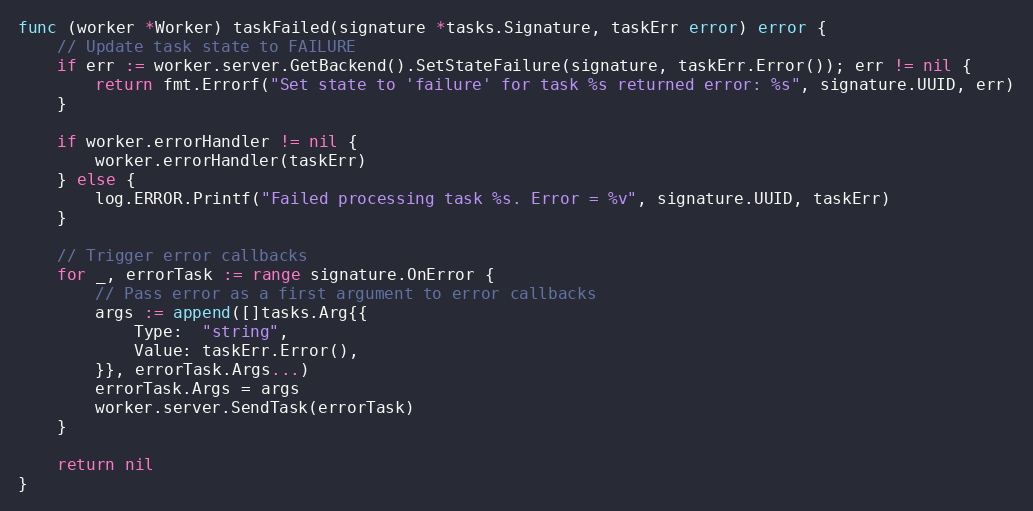
Language: Go
func (worker *Worker) taskFailed(signature *tasks.Signature, taskErr error) error {
	// Update task state to FAILURE
	if err := worker.server.GetBackend().SetStateFailure(signature, taskErr.Error()); err != nil {
		return fmt.Errorf("Set state to 'failure' for task %s returned error: %s", signature.UUID, err)
	}

	if worker.errorHandler != nil {
		worker.errorHandler(taskErr)
	} else {
		log.ERROR.Printf("Failed processing task %s. Error = %v", signature.UUID, taskErr)
	}

	// Trigger error callbacks
	for _, errorTask := range signature.OnError {
		// Pass error as a first argument to error callbacks
		args := append([]tasks.Arg{{
			Type:  "string",
			Value: taskErr.Error(),
		}}, errorTask.Args...)
		errorTask.Args = args
		worker.server.SendTask(errorTask)
	}

	return nil
}